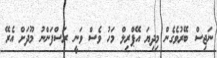
ނަޖިސް ބޭރުވެގެން މިދިޔަ އޭޕްރިލް މަހު ވެސް ވަނީ ރަސްފަންނު މޫދަށް އެރޭ